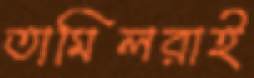
তামিলরাই